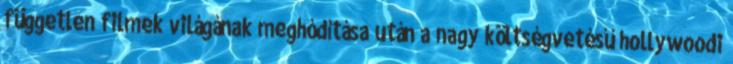
független filmek világának meghódítása után a nagy költségvetésű hollywoodi